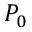
P _ { 0 }